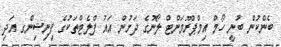
ބެންކުން ބުނީ ހޯމް އިމްޕްރޫމަންޓް ލޯނުގެ ދަށުން އައު ފްލެޓްތަކުގެ ފިނިޝިންގ އަދި